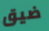
ضيق